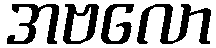
အဗလော